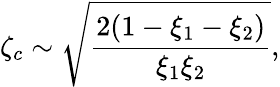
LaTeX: \zeta_{c}\sim\sqrt{\frac{2(1-\xi_{1}-\xi_{2})}{\xi_{1}\xi_{2}}},